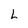
Character: L